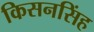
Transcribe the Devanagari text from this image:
किसनसिंह